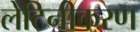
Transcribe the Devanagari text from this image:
लेटिनीकरण